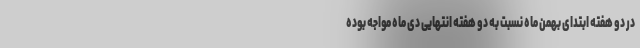
در دو هفته ابتدای بهمن ماه نسبت به دو هفته انتهایی دی ماه مواجه بوده